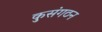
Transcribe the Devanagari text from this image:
कुसंगठन